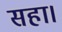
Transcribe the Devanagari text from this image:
सहा।